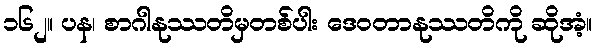
၁၆၂။ ပန၊ စာဂါနုဿတိမှတစ်ပါး ဒေဝတာနုဿတိကို ဆိုအံ့။